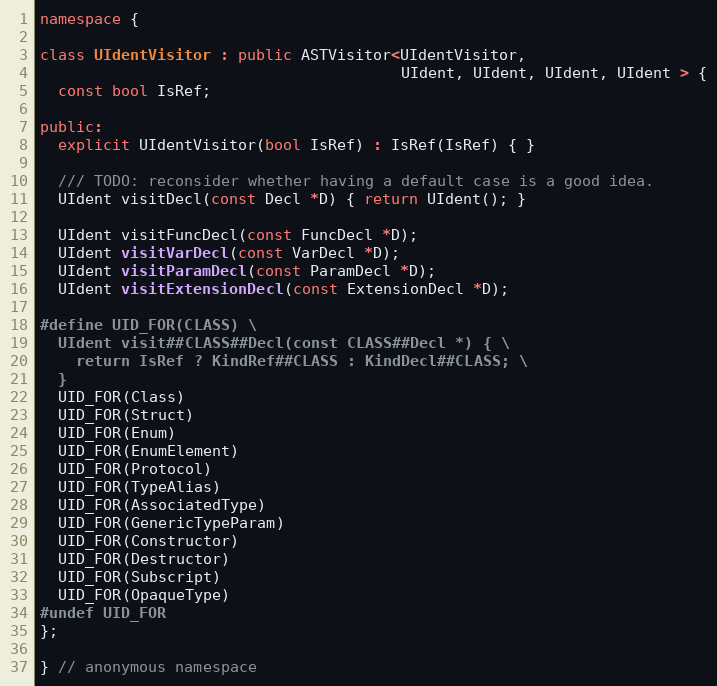
Language: C++
namespace {

class UIdentVisitor : public ASTVisitor<UIdentVisitor,
                                        UIdent, UIdent, UIdent, UIdent > {
  const bool IsRef;

public:
  explicit UIdentVisitor(bool IsRef) : IsRef(IsRef) { }

  /// TODO: reconsider whether having a default case is a good idea.
  UIdent visitDecl(const Decl *D) { return UIdent(); }

  UIdent visitFuncDecl(const FuncDecl *D);
  UIdent visitVarDecl(const VarDecl *D);
  UIdent visitParamDecl(const ParamDecl *D);
  UIdent visitExtensionDecl(const ExtensionDecl *D);

#define UID_FOR(CLASS) \
  UIdent visit##CLASS##Decl(const CLASS##Decl *) { \
    return IsRef ? KindRef##CLASS : KindDecl##CLASS; \
  }
  UID_FOR(Class)
  UID_FOR(Struct)
  UID_FOR(Enum)
  UID_FOR(EnumElement)
  UID_FOR(Protocol)
  UID_FOR(TypeAlias)
  UID_FOR(AssociatedType)
  UID_FOR(GenericTypeParam)
  UID_FOR(Constructor)
  UID_FOR(Destructor)
  UID_FOR(Subscript)
  UID_FOR(OpaqueType)
#undef UID_FOR
};

} // anonymous namespace